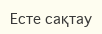
Есте сақтау